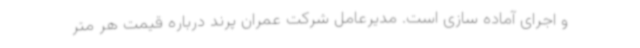
و اجرای آماده سازی است. مدیرعامل شرکت عمران پرند درباره قیمت هر متر